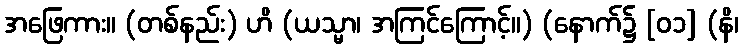
အဖြေကား။ (တစ်နည်း) ဟိ (ယသ္မာ၊ အကြင်ကြောင့်။) (နောက်၌ [၀၁] (နိ၊